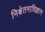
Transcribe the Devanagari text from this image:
निश्चेतनाविज्ञान